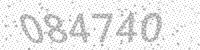
Solution: 084740